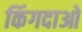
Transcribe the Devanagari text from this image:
किंगदाओ